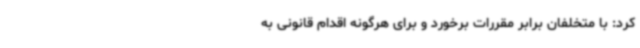
کرد: با متخلفان برابر مقررات برخورد و برای هرگونه اقدام قانونی به